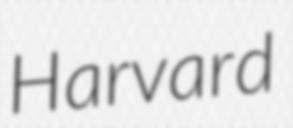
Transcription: Harvard